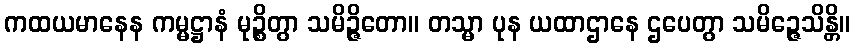
ကထယမာနေန ကမ္မဋ္ဌာနံ မုဉ္စိတွာ သမိဉ္ဇိတော။ တသ္မာ ပုန ယထာဌာနေ ဌပေတွာ သမိဉ္ဇေသိန္တိ။